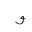
Letter: _waw